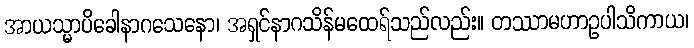
အာယသ္မာပိခေါနာဂသေနော၊ အရှင်နာဂသိန်မထေရ်သည်လည်း။ တဿာမဟာဥပါသိကာယ၊